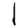
Digit: 1